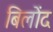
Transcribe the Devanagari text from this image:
बिलोंद